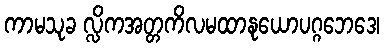
ကာမသုခ လ္လိကအတ္တကိလမထာနုယောပဂ္ဂဘေဒေ၊